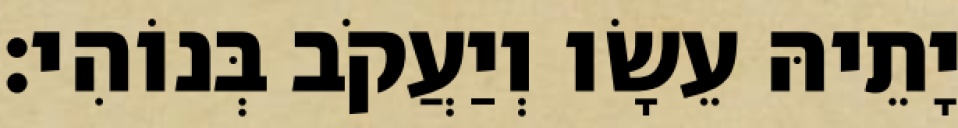
יָתֵיהּ עֵשָׂו וְיַעֲקֹב בְּנוֹהִי׃